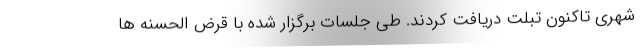
شهری تاکنون تبلت دریافت کردند. طی جلسات برگزار شده با قرض الحسنه ها